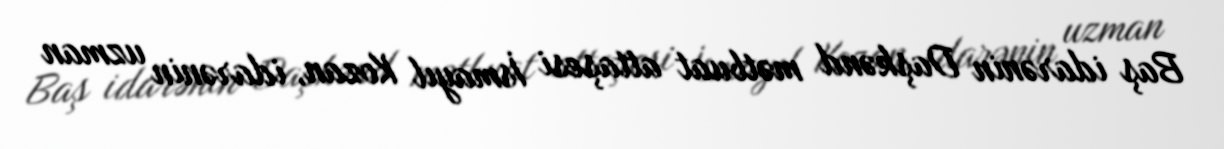
Baş idarənin Daşkənd mətbuat attaşesi İsmayıl Kozan, idarənin uzman